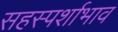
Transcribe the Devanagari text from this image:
सहस्पर्शाभाव